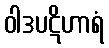
ဝါဒပဋိဟာရံ